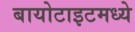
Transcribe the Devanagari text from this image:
बायोटाइटमध्ये